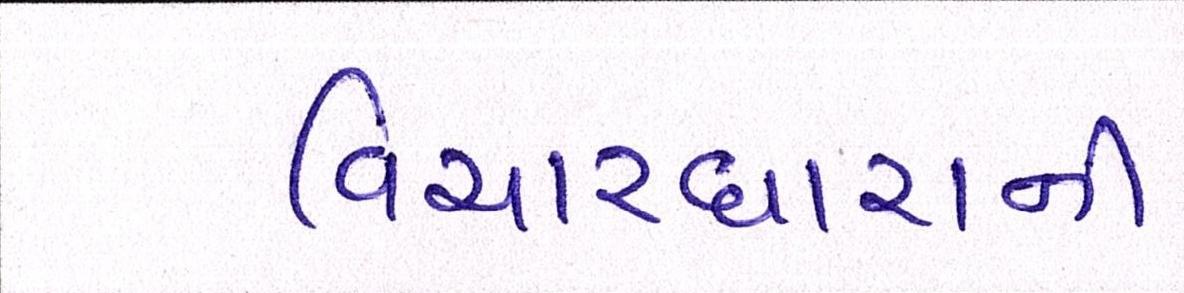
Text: વિચારધારાની